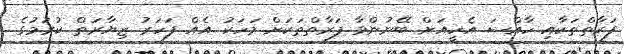
ފަރާތްތަކާއި ހާއްސަ އެހީއަށް ބޭނުންވާ ފަރާތްތަކަށް މަހަކު އެއް ފަހަރު ޒިޔާރަތް ކުރުމުގެ